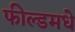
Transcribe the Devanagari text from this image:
फील्डमधे